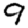
Digit: 9